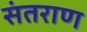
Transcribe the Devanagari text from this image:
संतराण